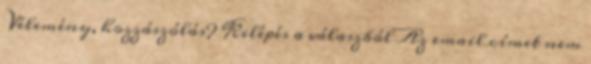
Vélemény, hozzászólás? Kilépés a válaszból Az email címet nem